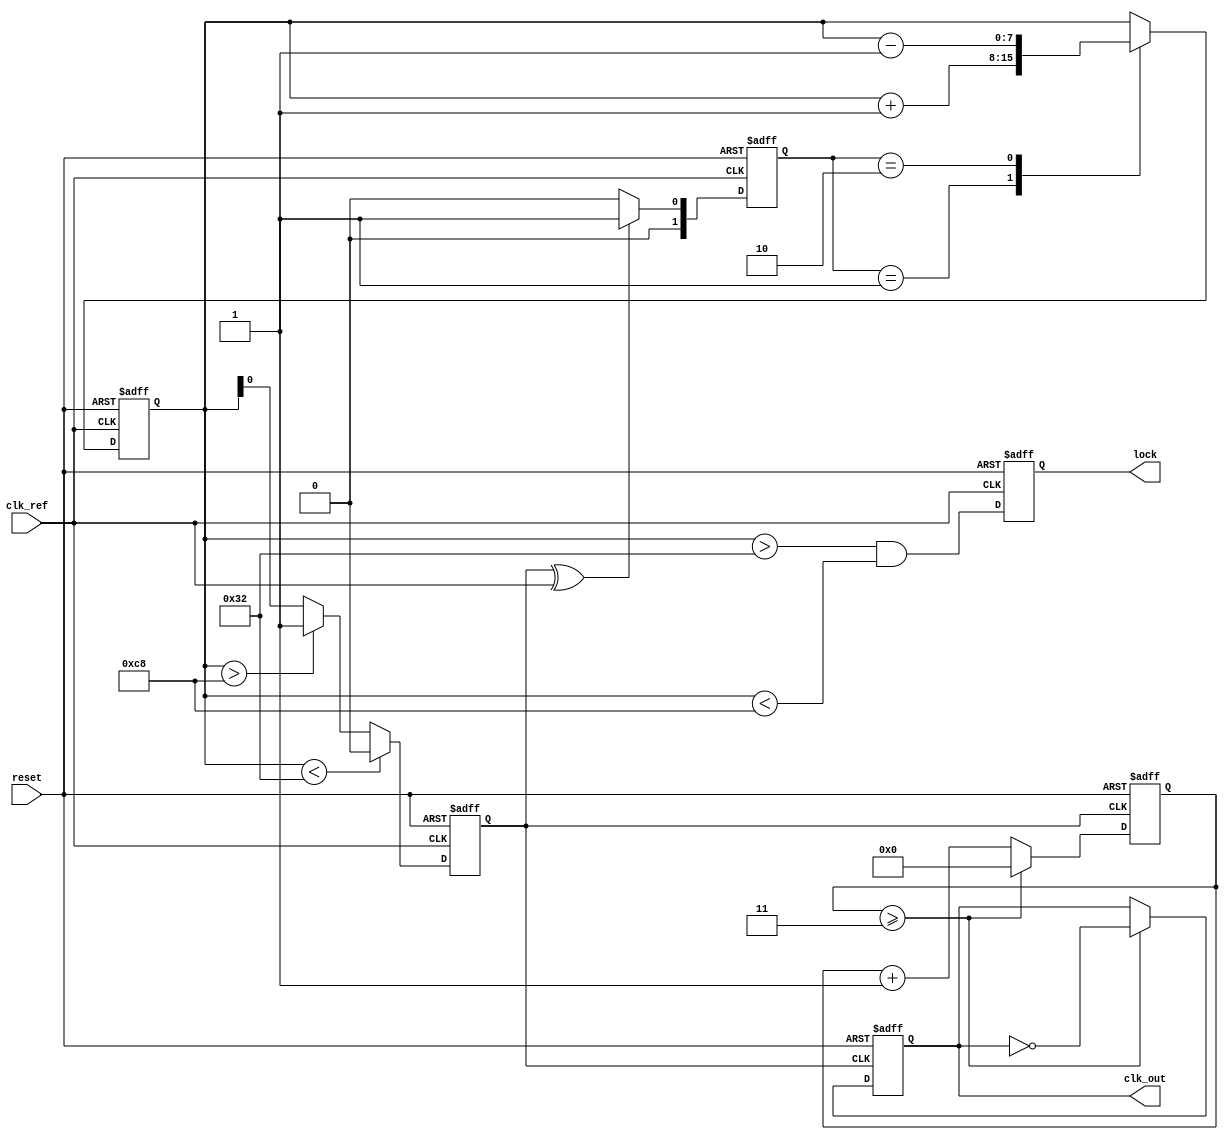
module low_jitter_pll (
    input wire clk_ref,       // Reference clock input
    input wire reset,         // Reset signal
    output wire clk_out,      // Output clock
    output wire lock          // Lock indicator
);

    // Parameters
    parameter N = 4;          // Divider ratio for frequency divider
    parameter VCO_MAX_FREQ = 200; // Maximum VCO frequency in MHz
    parameter VCO_MIN_FREQ = 50;  // Minimum VCO frequency in MHz

    // Internal signals
    reg [1:0] phase_error;    // Phase error signal (2'b00: no error, 2'b01: fast, 2'b10: slow)
    reg [7:0] control_voltage; // Control voltage for VCO
    reg vco_output;            // VCO output
    reg [N-1:0] freq_divider;  // Frequency divider
    reg [31:0] loop_filter;    // Loop filter output
    reg locked;                // Lock status

    // Phase Detector (PD)
    always @(posedge clk_ref or posedge reset) begin
        if (reset) begin
            phase_error <= 2'b00;
        end else begin
            // Simple XOR-based PD for phase comparison
            phase_error <= (vco_output ^ clk_ref) ? 2'b01 : 2'b00; // Adjust as necessary
        end
    end

    // Charge Pump (CP)
    always @(posedge clk_ref or posedge reset) begin
        if (reset) begin
            control_voltage <= 8'b00000000;
        end else begin
            // Simple CP logic
            case (phase_error)
                2'b01: control_voltage <= control_voltage + 1;  // VCO needs to speed up
                2'b10: control_voltage <= control_voltage - 1;  // VCO needs to slow down
                default: control_voltage <= control_voltage;   // No change
            endcase
        end
    end

    // Voltage-Controlled Oscillator (VCO)
    always @(posedge clk_ref or posedge reset) begin
        if (reset) begin
            vco_output <= 0;  // VCO output
        end else begin
            // Simple VCO model: tuning range based on control voltage
            vco_output <= (control_voltage < VCO_MIN_FREQ) ? 0 :
                          (control_voltage > VCO_MAX_FREQ) ? 1 : control_voltage[0]; // Simplified behavior
        end
    end

    // Frequency Divider
    always @(posedge vco_output or posedge reset) begin
        if (reset) begin
            freq_divider <= 0;
            clk_out <= 0;
        end else begin
            freq_divider <= freq_divider + 1;
            if (freq_divider >= N-1) begin
                clk_out <= ~clk_out; // Toggle output clock
                freq_divider <= 0;    // Reset divider
            end
        end
    end

    // Lock detection (simple example)
    always @(posedge clk_ref or posedge reset) begin
        if (reset) begin
            locked <= 0;
        end else begin
            // Assume locked when control voltage stabilizes
            locked <= (control_voltage > VCO_MIN_FREQ && control_voltage < VCO_MAX_FREQ);
        end
    end

    assign lock = locked;

endmodule